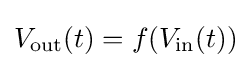
V_{\text{out}}(t)=f(V_{\text{in}}(t))